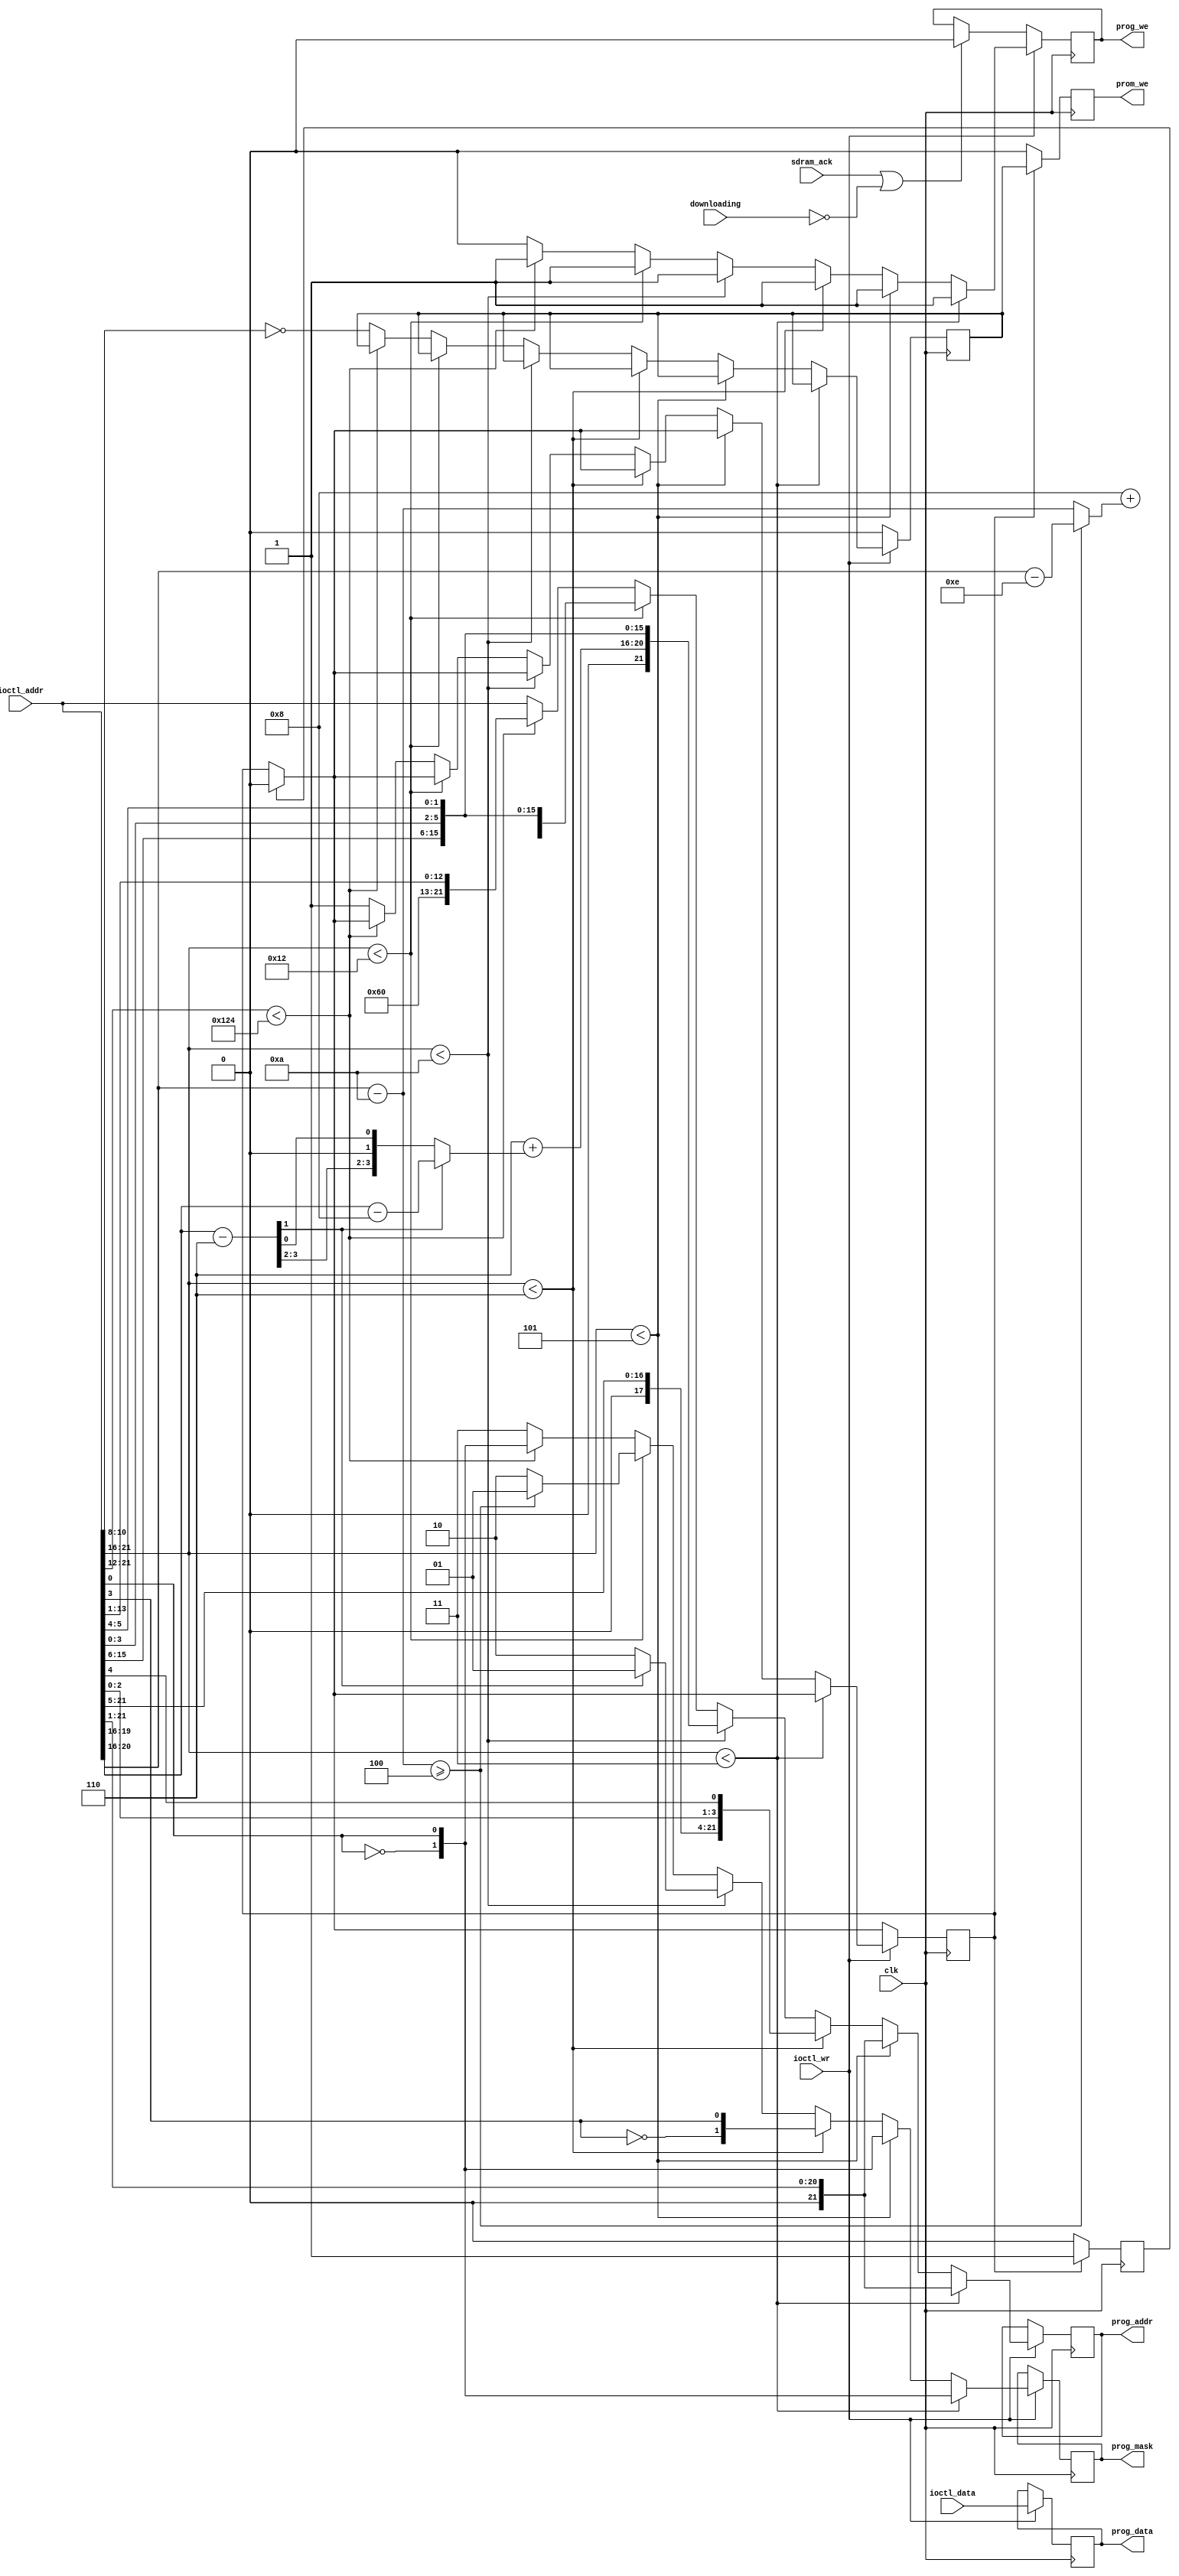
/*
  
   Multicore 2 / Multicore 2+
  
   Copyright (c) 2017-2020 - Victor Trucco

  
   All rights reserved
  
   Redistribution and use in source and synthezised forms, with or without
   modification, are permitted provided that the following conditions are met:
  
   Redistributions of source code must retain the above copyright notice,
   this list of conditions and the following disclaimer.
  
   Redistributions in synthesized form must reproduce the above copyright
   notice, this list of conditions and the following disclaimer in the
   documentation and/or other materials provided with the distribution.
  
   Neither the name of the author nor the names of other contributors may
   be used to endorse or promote products derived from this software without
   specific prior written permission.
  
   THIS CODE IS PROVIDED BY THE COPYRIGHT HOLDERS AND CONTRIBUTORS "AS IS"
   AND ANY EXPRESS OR IMPLIED WARRANTIES, INCLUDING, BUT NOT LIMITED TO,
   THE IMPLIED WARRANTIES OF MERCHANTABILITY AND FITNESS FOR A PARTICULAR
   PURPOSE ARE DISCLAIMED. IN NO EVENT SHALL THE AUTHOR OR CONTRIBUTORS BE
   LIABLE FOR ANY DIRECT, INDIRECT, INCIDENTAL, SPECIAL, EXEMPLARY, OR
   CONSEQUENTIAL DAMAGES (INCLUDING, BUT NOT LIMITED TO, PROCUREMENT OF
   SUBSTITUTE GOODS OR SERVICES; LOSS OF USE, DATA, OR PROFITS; OR BUSINESS
   INTERRUPTION) HOWEVER CAUSED AND ON ANY THEORY OF LIABILITY, WHETHER IN
   CONTRACT, STRICT LIABILITY, OR TORT (INCLUDING NEGLIGENCE OR OTHERWISE)
   ARISING IN ANY WAY OUT OF THE USE OF THIS SOFTWARE, EVEN IF ADVISED OF THE
   POSSIBILITY OF SUCH DAMAGE.
  
   You are responsible for any legal issues arising from your use of this code.
  
*//*  This file is part of JTDD.
    JTDD program is free software: you can redistribute it and/or modify
    it under the terms of the GNU General Public License as published by
    the Free Software Foundation, either version 3 of the License, or
    (at your option) any later version.

    JTDD program is distributed in the hope that it will be useful,
    but WITHOUT ANY WARRANTY; without even the implied warranty of
    MERCHANTABILITY or FITNESS FOR A PARTICULAR PURPOSE.  See the
    GNU General Public License for more details.

    You should have received a copy of the GNU General Public License
    along with JTDD.  If not, see <http://www.gnu.org/licenses/>.

    Author: Jose Tejada Gomez. Twitter: @topapate
    Version: 1.0
    Date: 2-12-2017 */

// SCR is written starting at 0x4_0000 of SDRAM
// OBJ from 0x8_0000

// Skip test and legal screens
// Replace 7eb825 for 7e8063 in main (non banked) CPU ROM.
// The game will boot directly to the demo

`timescale 1ns/1ps

module jtdd_prom_we(
    input                clk,
    input                downloading,
    input      [21:0]    ioctl_addr,
    input      [ 7:0]    ioctl_data,
    input                ioctl_wr,
    output reg [21:0]    prog_addr,
    output reg [ 7:0]    prog_data,
    output reg [ 1:0]    prog_mask, // active low
    output reg           prog_we,
    output reg           prom_we,
    input                sdram_ack
);

parameter PW=1;

parameter BANK_ADDR   = 22'h00000;
parameter MAIN_ADDR   = 22'h20000;
parameter SND_ADDR    = 22'h28000;
parameter ADPCM_0     = 22'h30000;
parameter ADPCM_1     = 22'h40000;
parameter CHAR_ADDR   = 22'h50000;
// Scroll
parameter SCRZW_ADDR  = 22'h60000;
parameter SCRXY_ADDR  = 22'h80000;
// objects
parameter OBJWZ_ADDR  = 22'hA0000;
parameter OBJXY_ADDR  = 22'hE0000;
// FPGA BRAM:
parameter MCU_ADDR    = 22'h120000;
parameter PROM_ADDR   = 22'h124000;
// ROM length 124300
localparam SCRWR = 5'd6;
localparam OBJWR = 5'd8;

localparam [4:0] OBJHALF = OBJXY_ADDR[20:16]-OBJWZ_ADDR[20:16];

`ifdef SIMULATION
// simulation watchers
reg w_main, w_snd, w_char, w_scr, w_obj, w_mcu, w_prom, w_adpcm;
`define CLR_ALL   {w_main, w_snd, w_char, w_scr, w_obj, w_mcu, w_prom, w_adpcm} <= 8'd0;
`define INFO_MAIN  w_main <= 1'b1;
`define INFO_SND   w_snd  <= 1'b1;
`define INFO_CHAR  w_char <= 1'b1;
`define INFO_ADPCM w_adpcm<= 1'b1;
`define INFO_SCR   w_scr  <= 1'b1;
`define INFO_OBJ   w_obj  <= 1'b1;
`define INFO_MCU   w_mcu  <= 1'b1;
`define INFO_PROM  w_prom <= 1'b1;
`else
// nothing for synthesis
`define CLR_ALL  
`define INFO_MAIN 
`define INFO_SND  
`define INFO_CHAR 
`define INFO_ADPCM 
`define INFO_SCR  
`define INFO_OBJ  
`define INFO_MCU  
`define INFO_PROM 
`endif

reg set_strobe, set_done;
reg [PW-1:0] prom_we0 = {PW{1'd0}};

always @(posedge clk) begin
    prom_we <= {PW{1'd0}};
    if( set_strobe ) begin
        prom_we <= prom_we0;
        set_done <= 1'b1;
    end else if(set_done) begin
        set_done <= 1'b0;
    end
end

wire [3:0] scr_msb  = ioctl_addr[19:16]-SCRZW_ADDR[19:16];
wire [3:0] scr2_msb = ioctl_addr[19:16]-SCRXY_ADDR[19:16];
wire [4:0] obj_msb  = ioctl_addr[20:16]-OBJWZ_ADDR[20:16];
wire [4:0] obj2_msb = ioctl_addr[20:16]-OBJXY_ADDR[20:16];
wire       scr_top  = scr_msb[1];
wire       obj_top  = obj_msb>=OBJHALF;
wire [1:0] mask8    = {~ioctl_addr[0], ioctl_addr[0]};

always @(posedge clk) begin
    if( set_done ) set_strobe <= 1'b0;
    if ( ioctl_wr ) begin
        prog_we   <= 1'b1;
        prog_data <= ioctl_data;
        `CLR_ALL
        if(ioctl_addr[21:16] < ADPCM_0[21:16]) begin // Main/Sound ROM
            prog_addr <= {1'b0, ioctl_addr[21:1]};
            prog_mask <= mask8;
            `INFO_MAIN
            `INFO_SND
        end
        else if(ioctl_addr[21:16] < CHAR_ADDR[21:16]) begin // ADPCM
            prog_addr <= {1'b0, ioctl_addr[21:1]};
            prog_mask <= mask8;
            `INFO_ADPCM
        end
        else if(ioctl_addr[21:16] < SCRZW_ADDR[21:16]) begin // CHAR ROM
            prog_addr <= {1'b0, ioctl_addr[21:5], ioctl_addr[2:0], ioctl_addr[4]};
            prog_mask <= {~ioctl_addr[3], ioctl_addr[3]};
            `INFO_CHAR
        end
        else if(ioctl_addr[21:16] < OBJWZ_ADDR[21:16] ) begin // Scroll    
            prog_mask <= scr_top ? 2'b01 : 2'b10;
            prog_addr <= { SCRWR+{1'b0,scr_top ? scr2_msb : scr_msb}, 
                ioctl_addr[15:6], ioctl_addr[3:0], ioctl_addr[5:4] };
            `INFO_SCR
        end
        else if(ioctl_addr[21:16] < MCU_ADDR[21:16] ) begin // Objects
            prog_mask <= !obj_top ? 2'b10 : 2'b01;
            prog_addr <= { OBJWR+( obj_top  ? obj2_msb : obj_msb), 
                ioctl_addr[15:6], ioctl_addr[3:0], ioctl_addr[5:4] };
            `INFO_OBJ
        end
        else if(ioctl_addr[21:12] < PROM_ADDR[21:12] ) begin // MCU
            prog_addr <= { 6'hC,3'b0, ioctl_addr[13:1] };
            prog_mask <= mask8;
            `INFO_MCU
        end
        else begin // PROMs
            prog_addr <= ioctl_addr;
            prog_we   <= 1'b0;
            prog_mask <= 2'b11;
            prom_we0  <= ioctl_addr[10:8] == 3'd0;
            set_strobe<= 1'b1;
            `INFO_PROM
        end
    end
    else begin
        if(sdram_ack || !downloading) prog_we  <= 1'b0;
        prom_we0 <= {PW{1'd0}};
    end
end

endmodule